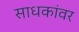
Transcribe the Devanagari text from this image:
साधकांवर